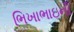
ભિખાભાઇની